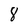
Character: 8